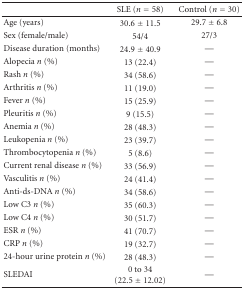
|  | SLE (n = 58) | Control (n = 30) |
 | --- | --- | --- |
 | Age (years) | 30.6 ± 11.5 | 29.7 ± 6.8 |
 | Sex (female/male) | 54/4 | 27/3 |
 | Disease duration (months) | 24.9 ± 40.9 | — |
 | Alopecia n (%) | 13 (22.4) | — |
 | Rash n (%) | 34 (58.6) | — |
 | Arthritis n (%) | 11 (19.0) | — |
 | Fever n (%) | 15 (25.9) | — |
 | Pleuritis n (%) | 9 (15.5) | — |
 | Anemia n (%) | 28 (48.3) | — |
 | Leukopenia n (%) | 23 (39.7) | — |
 | Thrombocytopenia n (%) | 5 (8.6) | — |
 | Current renal disease n (%) | 33 (56.9) | — |
 | Vasculitis n (%) | 24 (41.4) | — |
 | Anti-ds-DNA n (%) | 34 (58.6) | — |
 | Low C3 n (%) | 35 (60.3) | — |
 | Low C4 n (%) | 30 (51.7) | — |
 | ESR n (%) | 41 (70.7) | — |
 | CRP n (%) | 19 (32.7) | — |
 | 24-hour urine protein n (%) | 28 (48.3) | — |
 | SLEDAI | 0 to 34 (22.5 ± 12.02) | — |